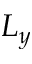
L _ { y }